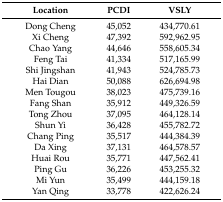
| Location | PCDI | VSLY |
 | --- | --- | --- |
 | Dong Cheng | 45,052 | 434,770.61 |
 | Xi Cheng | 47,392 | 592,962.95 |
 | Chao Yang | 44,646 | 558,605.34 |
 | Feng Tai | 41,334 | 517,165.99 |
 | Shi Jingshan | 41,943 | 524,785.73 |
 | Hai Dian | 50,088 | 626,694.98 |
 | Men Tougou | 38,023 | 475,739.16 |
 | Fang Shan | 35,912 | 449,326.59 |
 | Tong Zhou | 37,095 | 464,128.14 |
 | Shun Yi | 36,428 | 455,782.72 |
 | Chang Ping | 35,517 | 444,384.39 |
 | Da Xing | 37,131 | 464,578.57 |
 | Huai Rou | 35,771 | 447,562.41 |
 | Ping Gu | 36,226 | 453,255.32 |
 | Mi Yun | 35,499 | 444,159.18 |
 | Yan Qing | 33,778 | 422,626.24 |